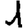
Digit: 1